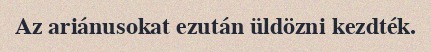
Az ariánusokat ezután üldözni kezdték.